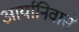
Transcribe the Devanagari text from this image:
आर्यानिवासे